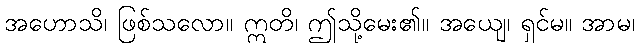
အဟောသိ၊ ဖြစ်သလော။ ဣတိ၊ ဤသို့မေး၏။ အယျေ၊ ရှင်မ။ အာမ၊